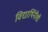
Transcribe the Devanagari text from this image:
विद्यार्थिनींशी